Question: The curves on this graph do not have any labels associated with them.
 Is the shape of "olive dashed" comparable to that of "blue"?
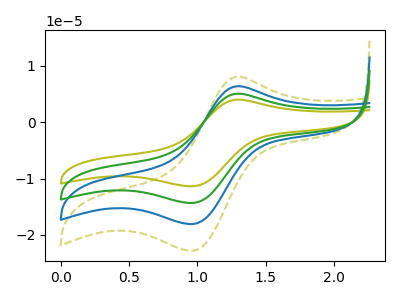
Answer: <think>The olive curve "olive" has an anodic peak at (1.30V, 19.25uA) and a cathodic peak at (0.95V, -54.20uA). The olive dashed curve "olive dashed" has an anodic peak at (1.30V, 8.10uA) and a cathodic peak at (0.95V, -22.80uA). The blue curve "blue" has an anodic peak at (1.30V, 6.40uA) and a cathodic peak at (0.95V, -18.05uA). The green curve "green" has an anodic peak at (1.30V, 12.80uA) and a cathodic peak at (0.95V, -36.10uA).
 All the peaks in "olive dashed" have a peak in "blue" at the same potential. Every peak in "olive dashed" is higher than every peak in "blue".</think>
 <answer>"olive dashed" and "blue" are similar in shape.</answer>
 <eval>same_shape</eval>